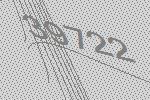
39722